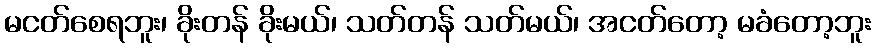
မငတ်စေရဘူး၊ ခိုးတန် ခိုးမယ်၊ သတ်တန် သတ်မယ်၊ အငတ်တော့ မခံတော့ဘူး